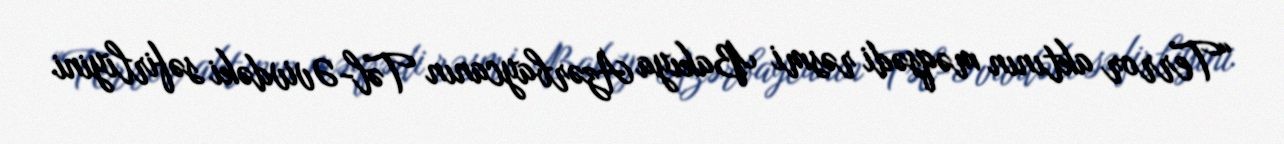
“Terror aktının məqsədi rəsmi Bakıya Azərbaycanın Təl-Əvivdəki səfirliyini